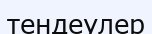
тендеулер